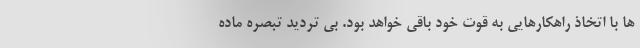
ها با اتخاذ راهکارهایی به قوت خود باقی خواهد بود. بی تردید تبصره ماده